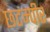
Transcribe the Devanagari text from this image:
छटम्पीर